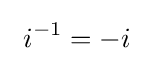
\ i^{-1}=-i{\phantom {1}}